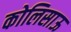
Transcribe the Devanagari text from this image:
कोलिसाऊ